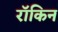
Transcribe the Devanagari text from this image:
रॉकिन